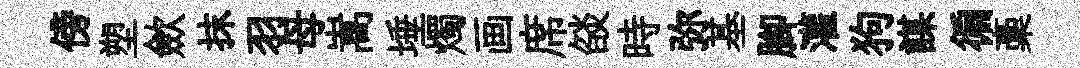
傍塑歛抹羽母嵩埵燭画席燄時弥基腳灌狗謀徧稾